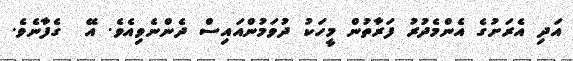
އަދި އެރަށުގެ އެންމެދުރު ފަރާތުން މީހަކު ދުވަމުންއައިސް ދެންނެވިއެވެ. އޭ  ގެފާނެވެ.